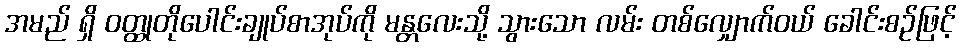
အမည် ရှိ ဝတ္ထုတိုပေါင်းချုပ်စာအုပ်ကို မန္တလေးသို့ သွားသော လမ်း တစ်လျှောက်ဝယ် ခေါင်းစဉ်ဖြင့်